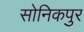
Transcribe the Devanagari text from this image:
सोनिकपुर